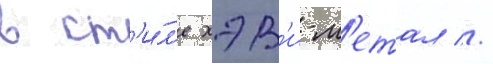
в ст'и́л'е хэв'и-м'етал //